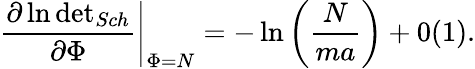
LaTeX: \left.\frac{\partial\ln\mathrm{det}_{{Sch}}}{\partial\Phi}\right|_{\Phi=N}=-\ln\left(\displaystyle\frac{N}{ma}\right)+0(1).